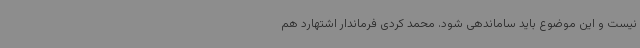
نیست و این موضوع باید ساماندهی شود. محمد کردی فرماندار اشتهارد هم